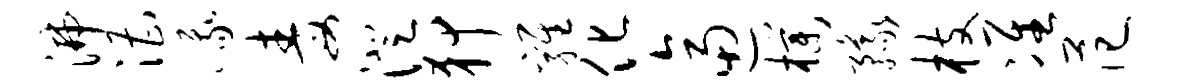
沸漕峨毒澄狎鸡化逼朴豫枝准范